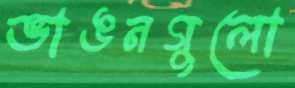
ভাঙনগুলো